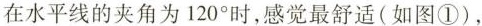
在水平线的夹角为120^{\circ}时，感觉最舒适(如图①)，